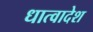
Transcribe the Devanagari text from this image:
धात्वादेश